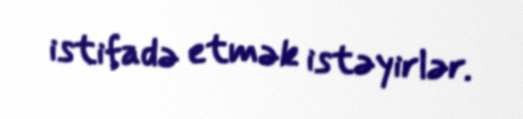
istifadə etmək istəyirlər.